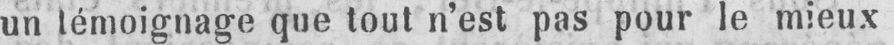
un témoignage que tout n’est pas pour le mieux